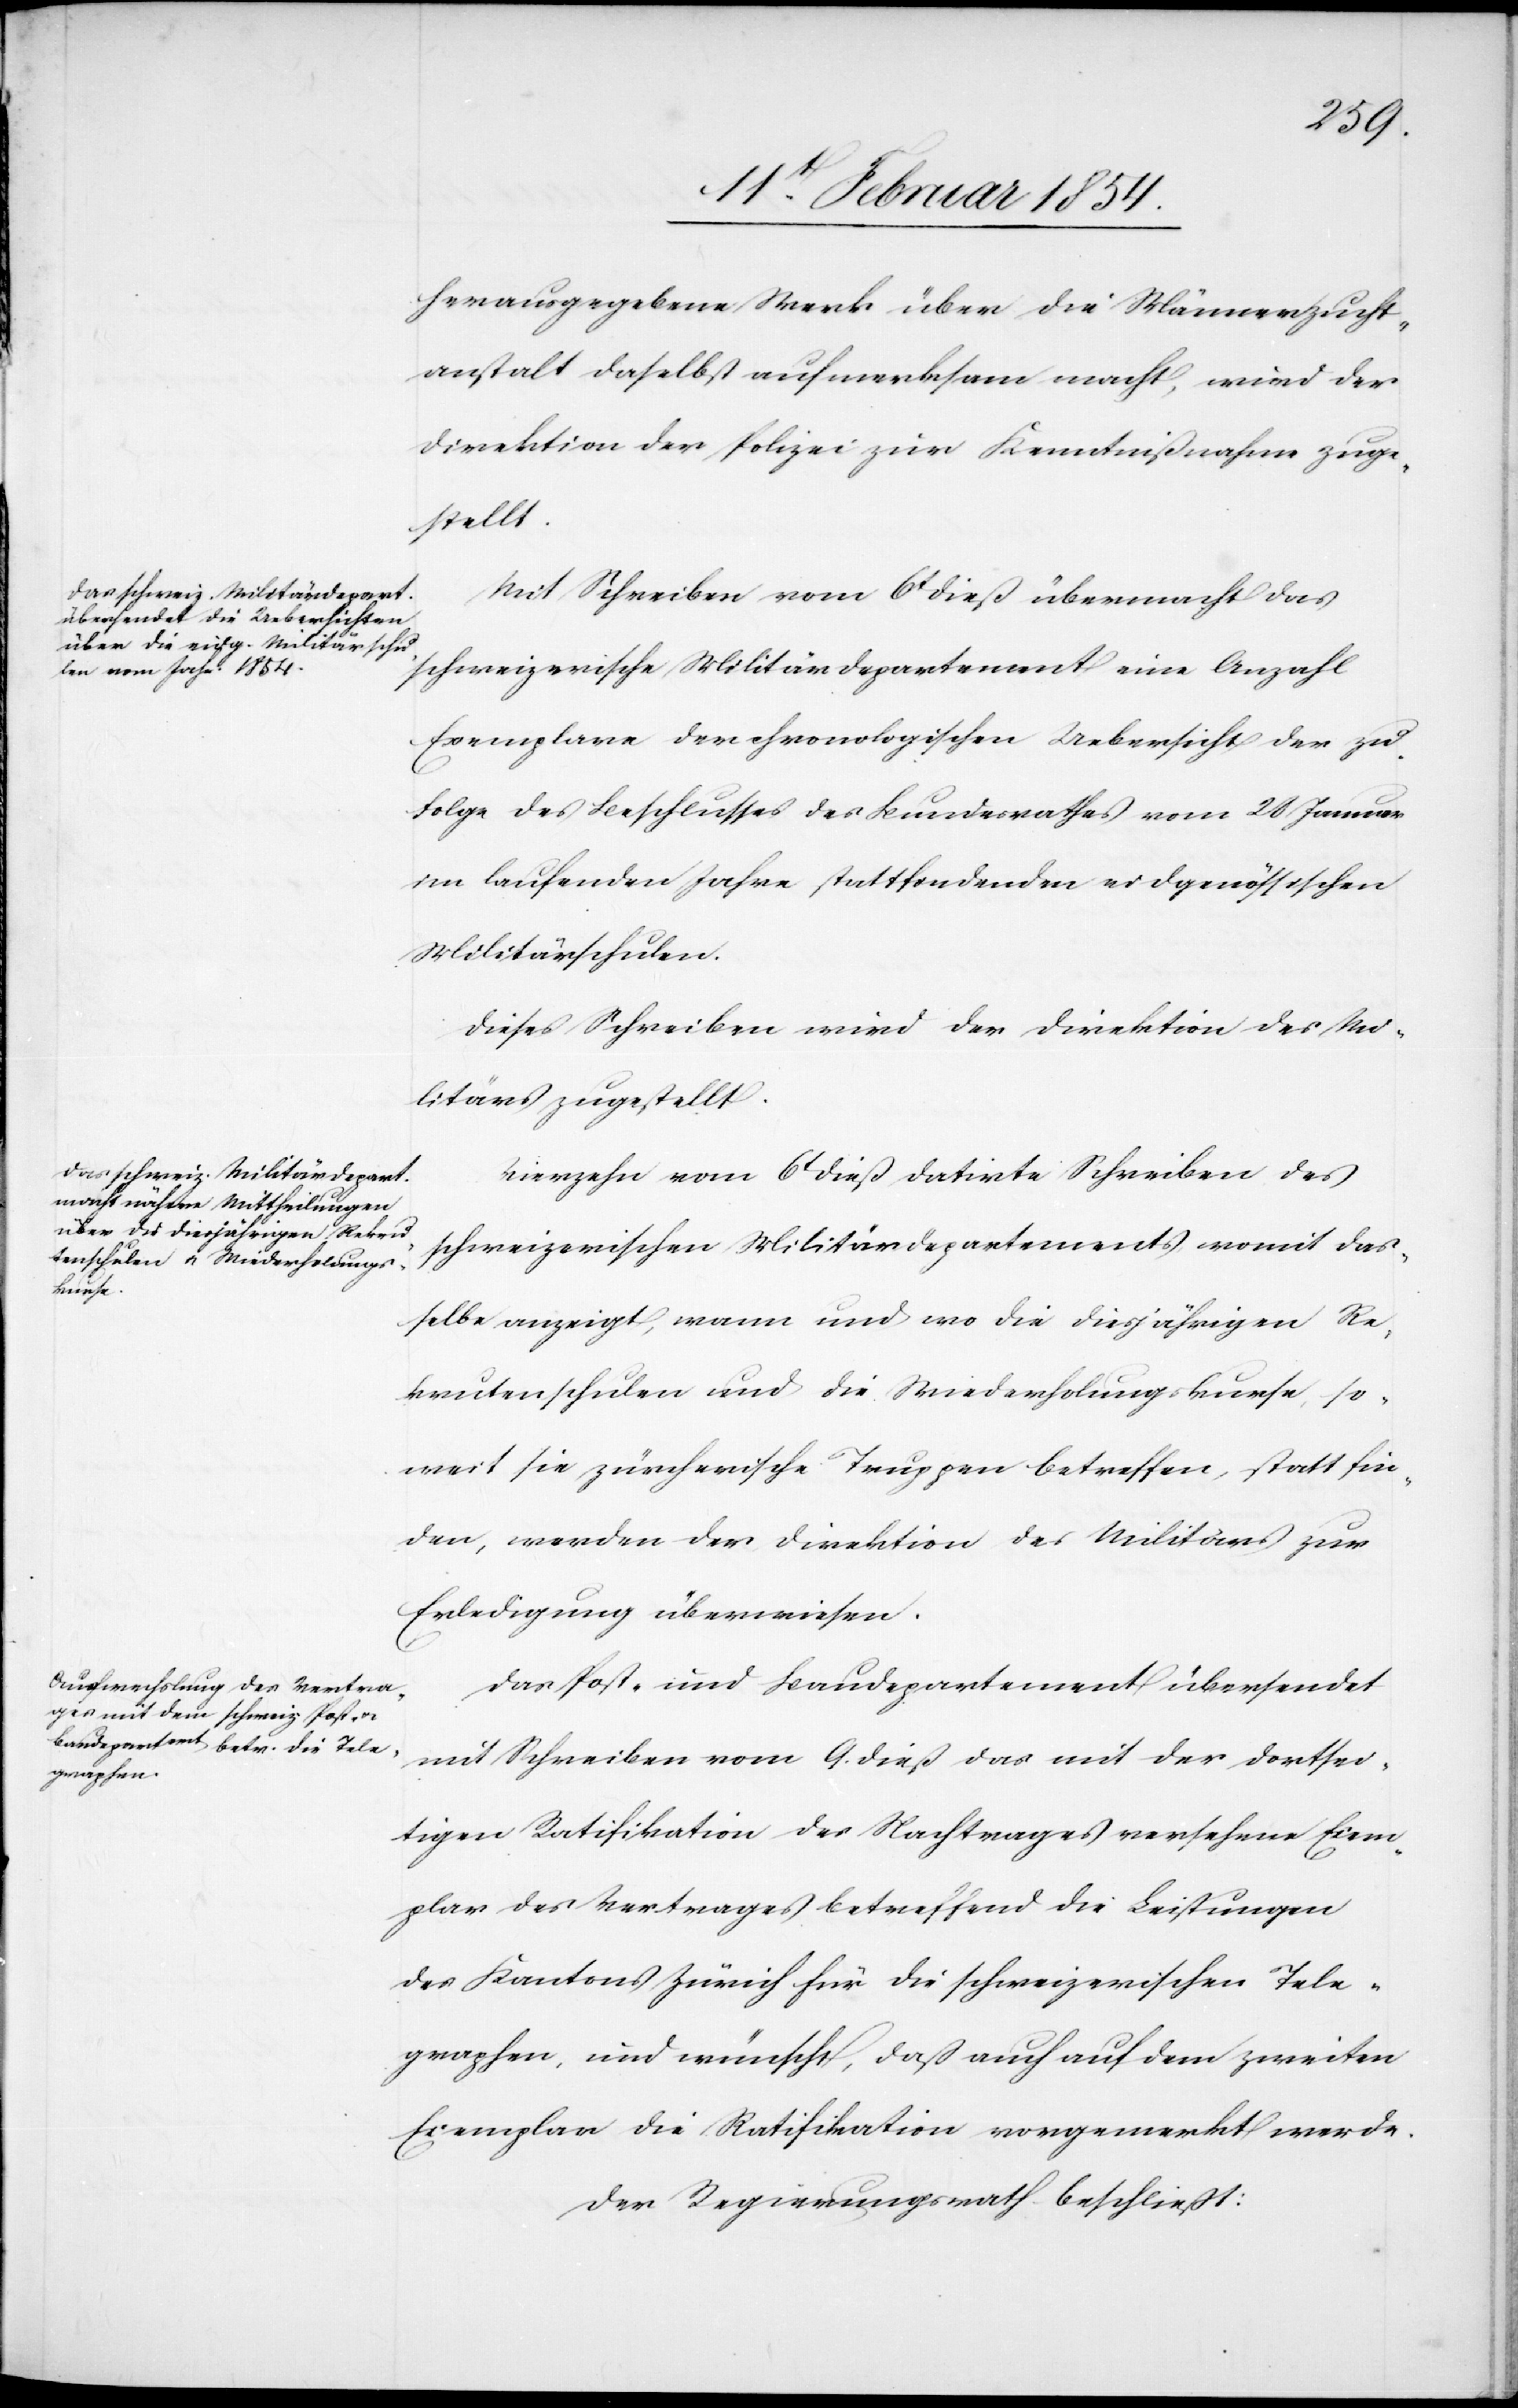
herausgegebene Werk über die Männerzucht¬
anstalt daselbst aufmerksam macht, wird der
Direktion der Polizei zur Kenntnißnahme zuge¬
stellt.
Mit Schreiben vom 6t dieß übermacht das
schweizerische Militärdepartment eine Anzahl
Exemplare der chronologischen Uebersicht der zu
Folge des Beschlusses des Bundesrathes vom 28 Januar
im laufenden Jahre stattfindenden eidgenössischen
Militärschulen.
Dieses Schreiben wird der Direktion des Mi¬
litärs zugestellt.
Vierzehn vom 6t dieß datirte Schreiben des
schweizerischen Militärdepartements womit das¬
selbe anzeigt, wann und wo die diesjährigen Re¬
krutenschulen und die Wiederholungskurse, so¬
weit sie zürcherische Truppen betreffen, Statt fin¬
den, werden der Direktion des Militärs zur
Erledigung überwiesen.
Das Post- und Baudepartement übersendet
mit Schreiben vom 9. dieß das mit der dortsei¬
tigen Ratifikation des Nachtrages versehene Exem¬
plar des Vertrages betreffend die Leistungen
des Kantons Zürich für die schweizerischen Tele¬
graphen, und wünscht, daß auch auf dem zweiten
Exemplar die Ratifikation vorgemerkt werde.
Der Regierungsrath beschließt: